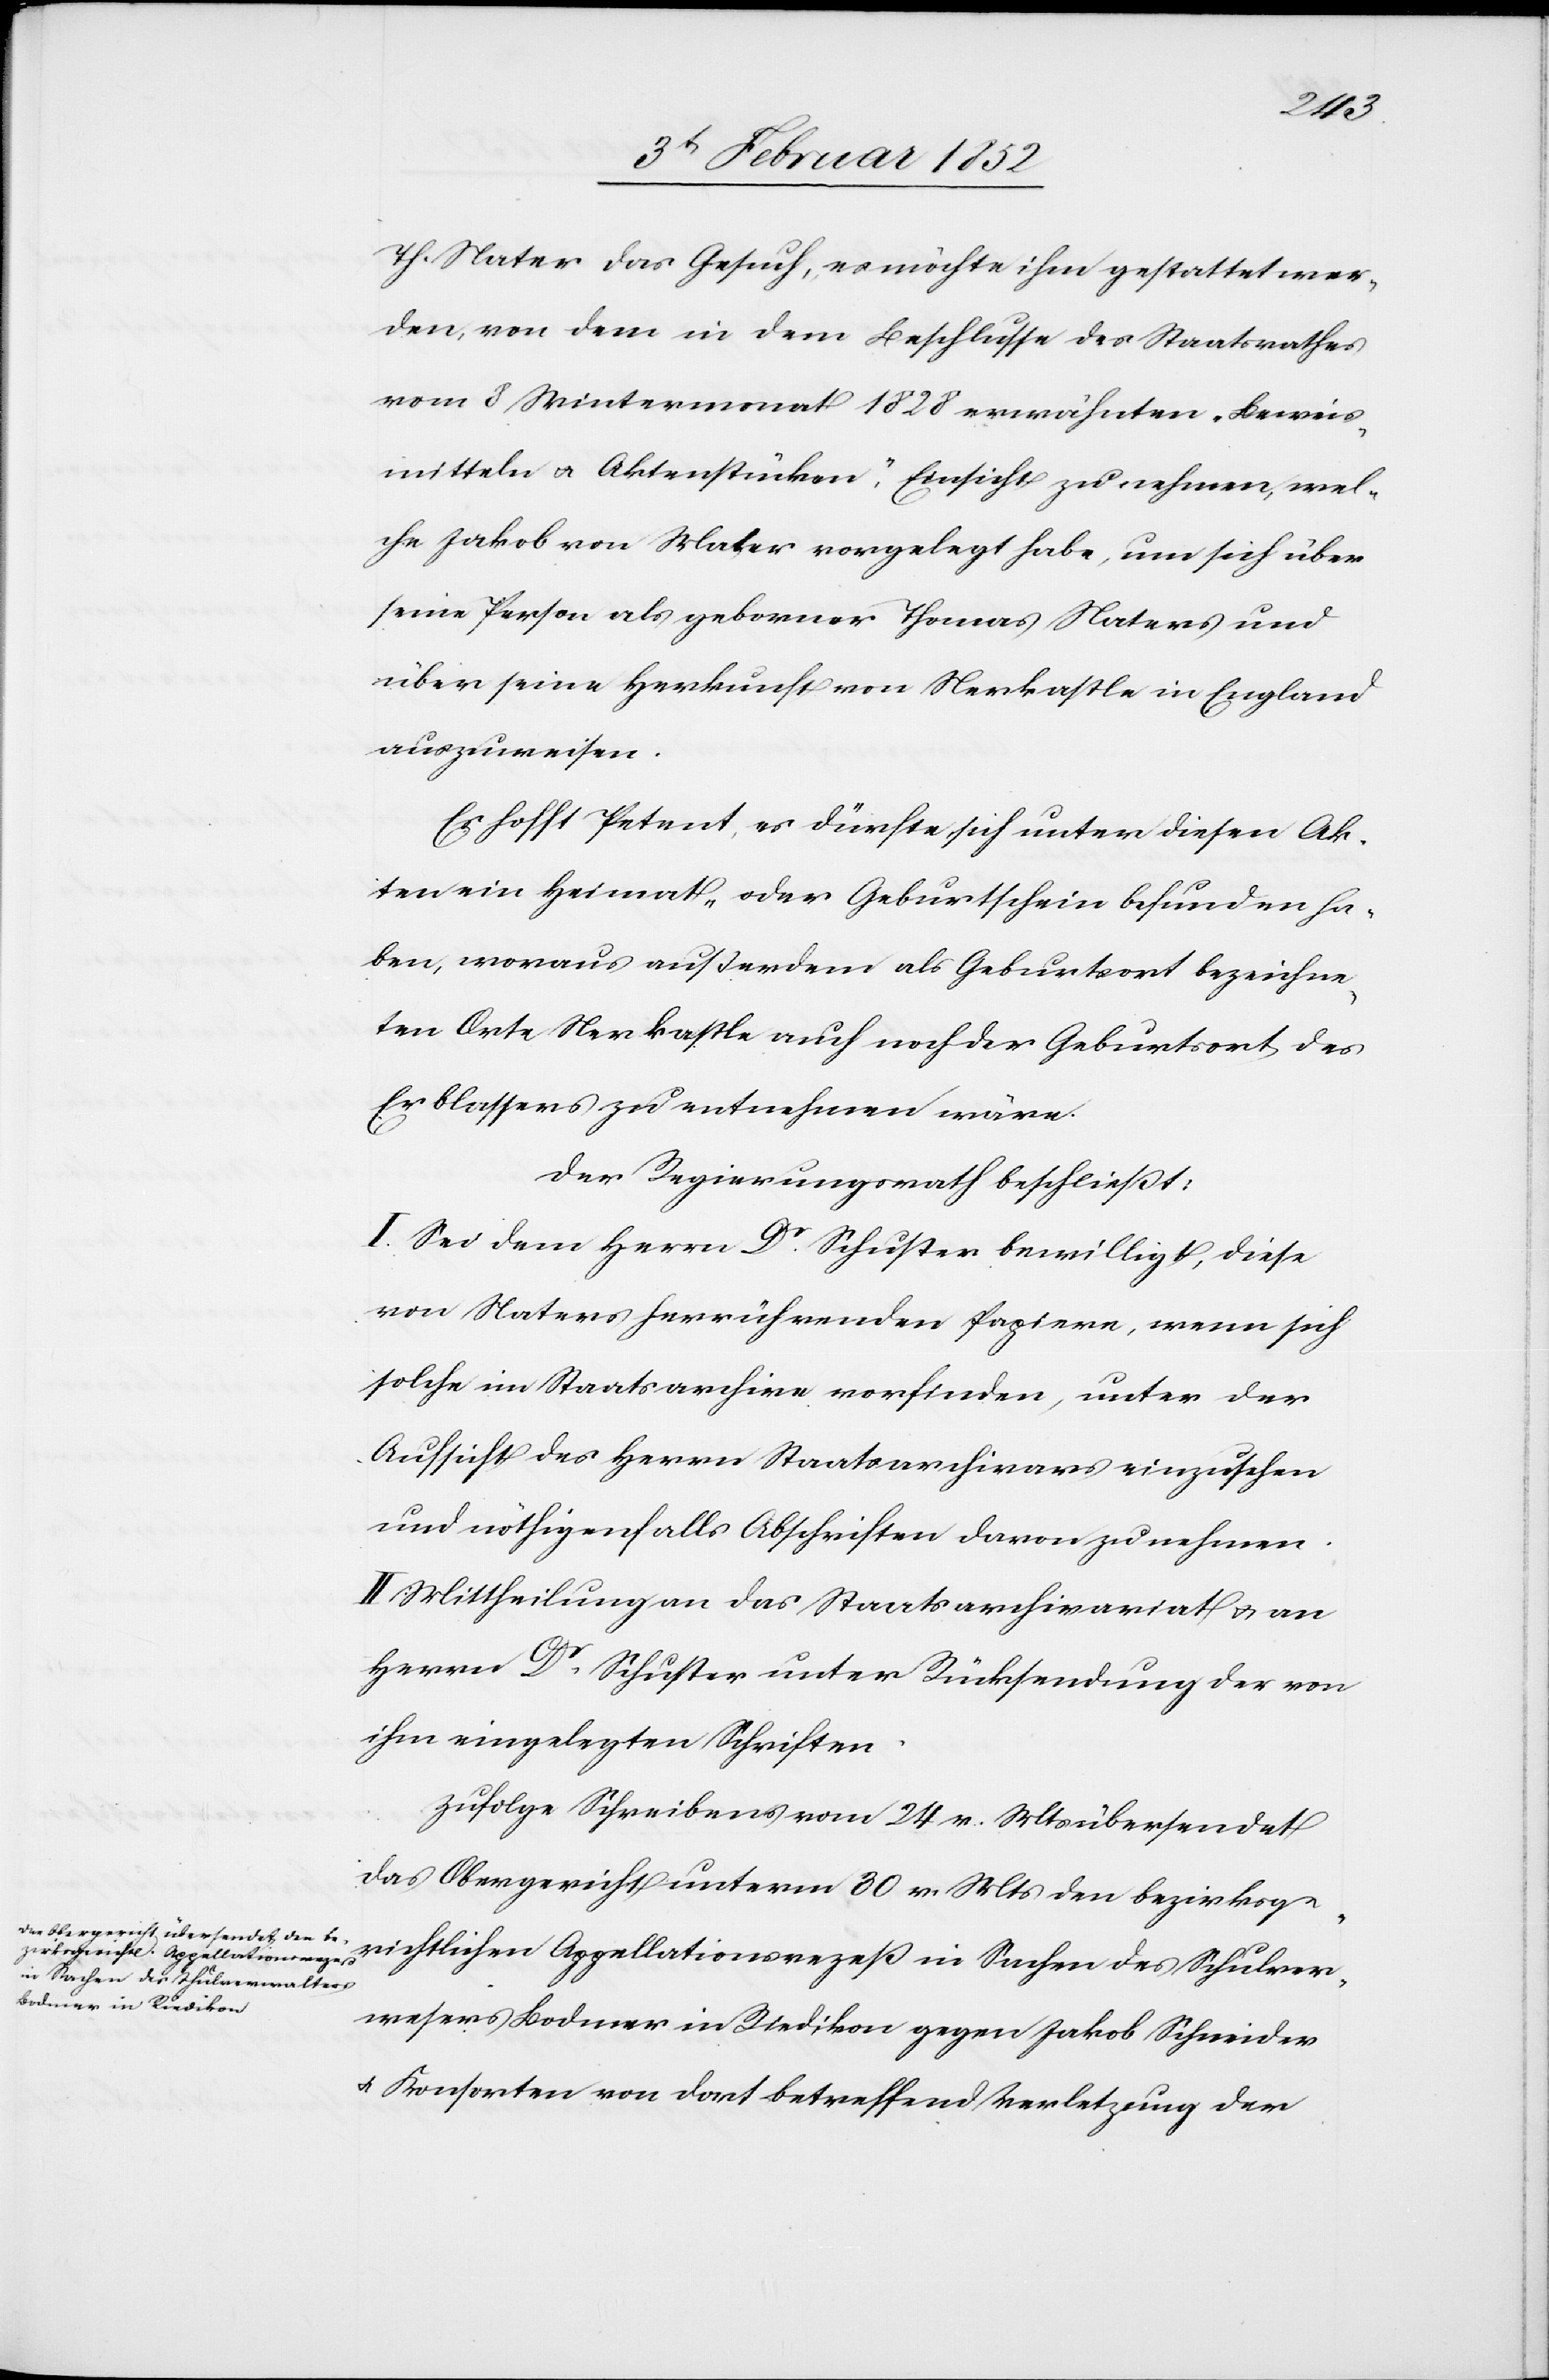
des
Th. Mater das Gesuch, es möchte ihm gestattet wer¬
den, von dem in dem Beschlusse des Staatsrathes
vom 8 Wintermonat 1828 erwähnten „Beweis¬
mitteln u. Aktenstücken“, Einsicht zu nehmen, wel¬
che Jakob von Mater vorgelegt habe, um sich über
seine Person als geborner Thomas Maters [sic!] und
über seine Herkunft von Newkastle in England
auszuweisen.
Es hofft Petent, es dürfte sich unter diesen Ak¬
ten ein Heimath- oder Geburthschein befunden ha¬
ben, woraus außer dem als Geburtsort bezeichneten
Erblassers zu entnehmen wäre.
Der Regierungsrath beschließt:
I. Sei dem Herrn Dr. Schuster bewilligt, diese
von Maters herrührenden Papiere, wenn sich
solche im Staatsarchive vorfinden, unter der
Aufsicht des Herrn Staatsarchivar einzusehen
und nöthigenfalls Abschriften davon zu nehmen.
II. Mittheilung an das Staatsarchivariat u. an
Herrn Dr. Schuster unter Rücksendung der von
ihm eingelegten Schriften.
Zufolge Schreibens vom 24 v. Mts übersendet
das Obergericht unterm 30 v. Mts den bezirksge¬
richtlichen Appellationsprozeß in Sachen des Schulver¬
walters Bodmer in Riedikon gegen Jakob Schneider
u. Konsorten von dort betreffend Verletzung der